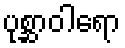
ပုစ္ဆာဝါရော